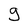
Character: g